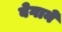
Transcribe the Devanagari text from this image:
बेगाने